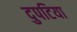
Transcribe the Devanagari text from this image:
दुपटिया